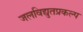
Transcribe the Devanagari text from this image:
जलविद्युतप्रकल्प